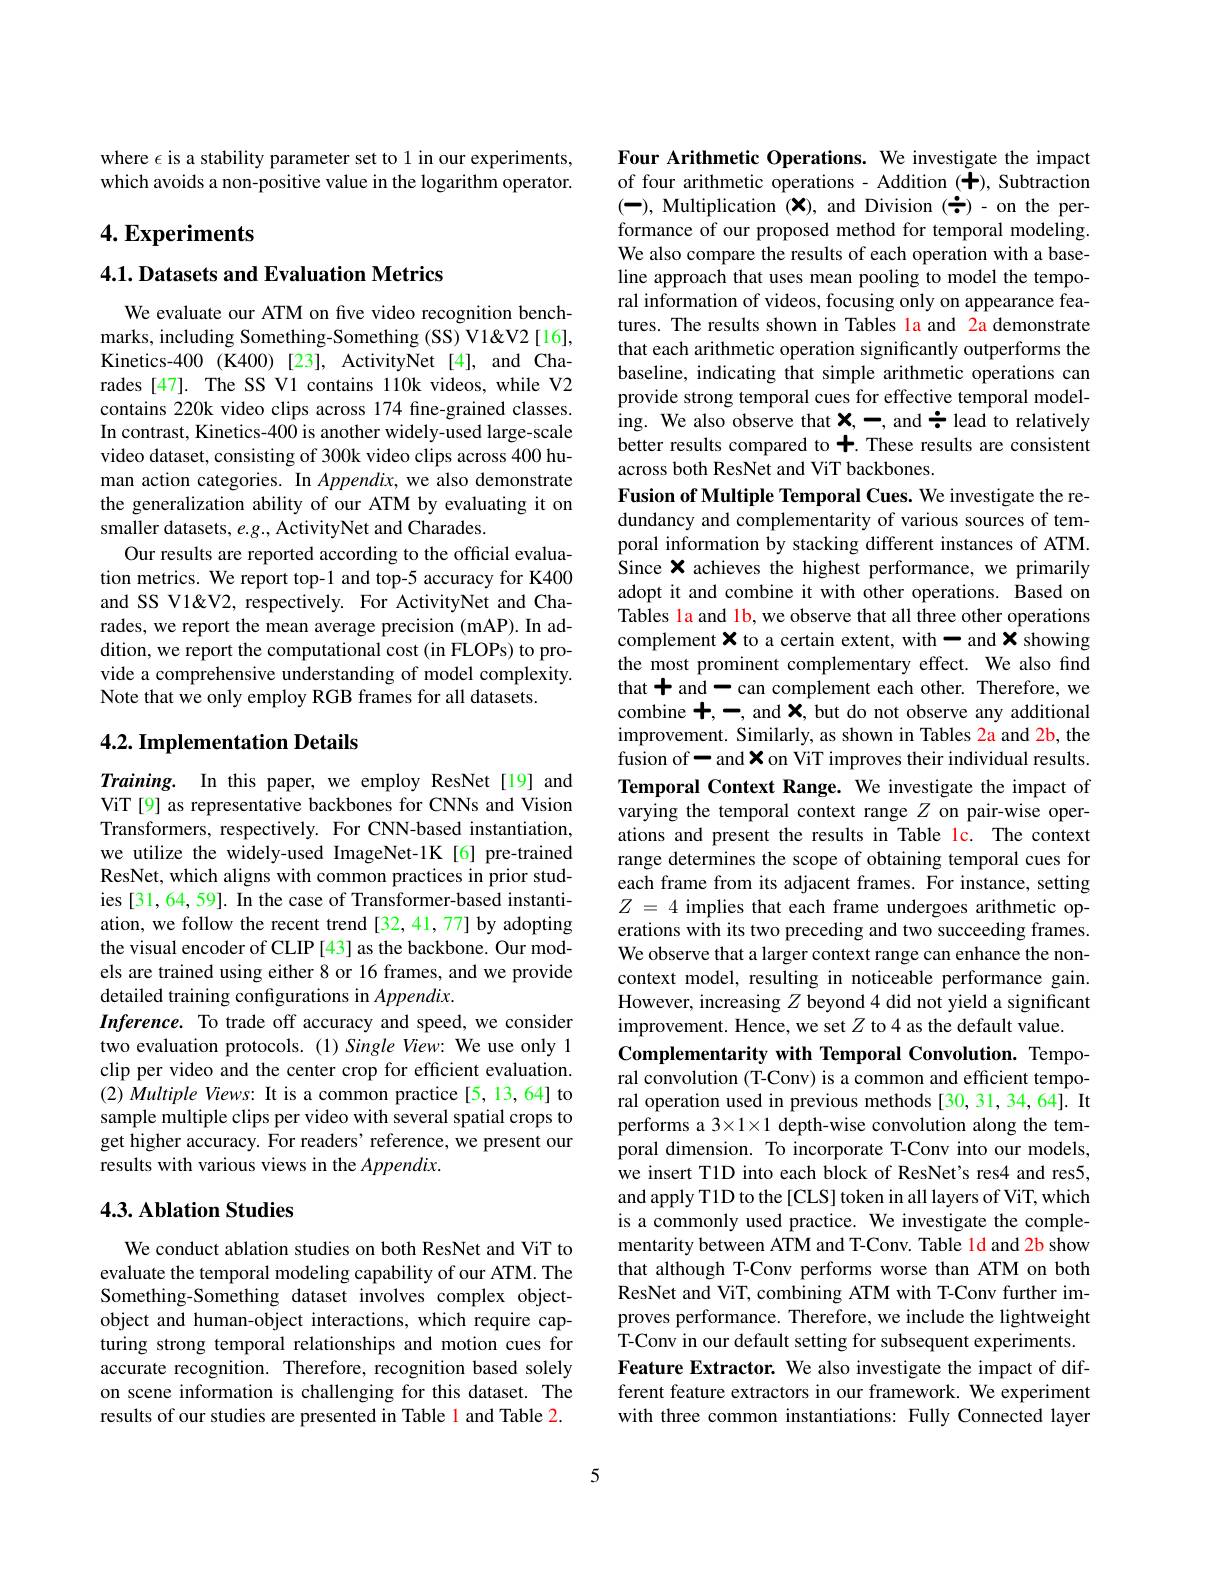
where $\epsilon$ is a stability parameter set to 1 in our experiments, which avoids a non-positive value in the logarithm operator.

## $4. \textbf{Experiments}$

## 4.1. Datasets and Evaluation Metrics

We evaluate our ATM on five video recognition benchmarks, including Something-Something (SS) V1&V2[16], Kinetics-400 (K400) [23], ActivityNet [4], and Charades [47]. The SS V1 contains 110k videos, while V2 contains 220k video clips across 174 fine-grained classes. In contrast, Kinetics-400 is another widely-used large-scale video dataset, consisting of 300k video clips across 400 human action categories. In $Appendix$, we also demonstrate the generalization ability of our ATM by evaluating it on smaller datasets, $e.g.$, ActivityNet and Charades.
Our results are reported according to the official evaluation metrics. We report top-1 and top-5 accuracy for K400 and SS V1&V2, respectively. For ActivityNet and Charades, we report the mean average precision (mAP). In addition, we report the computational cost (in FLOPs) to provide a comprehensive understanding of model complexity. Note that we only employ RGB frames for all datasets.

## 4.2. Implementation Details

Training. In this paper, we employ ResNet[19] and ViT [9] as representative backbones for CNNs and Vision Transformers, respectively. For CNN-based instantiation, we utilize the widely-used ImageNet-1K[6]pre-trained ResNet, which aligns with common practices in prior studies [31,64,59]. In the case of Transformer-based instantiation, we follow the recent trend [32,41,77] by adopting the visual encoder of CLIP [43] as the backbone. Our models are trained using either 8 or 16 frames, and we provide detailed training configurations in Appendix.
Inference. To trade off accuracy and speed, we consider two evaluation protocols. (1) Single View: We use only 1 clip per video and the center crop for efficient evaluation. (2) Multiple Views: It is a common practice[5,13,64] to sample multiple clips per video with several spatial crops to get higher accuracy. For readers' reference, we present our results with various views in the Appendix.

## 4.3. Ablation Studies

We conduct ablation studies on both ResNet and ViT to evaluate the temporal modeling capability of our ATM. The Something-Something dataset involves complex objectobject and human-object interactions, which require capturing strong temporal relationships and motion cues for accurate recognition. Therefore, recognition based solely on scene information is challenging for this dataset. The results of our studies are presented in Table 1 and Table 2.

Four Arithmetic Operations. We investigate the impact of four arithmetic operations - Addition (+), Subtraction (-), Multiplication $(x)$, and Division ($\div)$ - on the performance of our proposed method for temporal modeling. We also compare the results of each operation with a baseline approach that uses mean pooling to model the temporal information of videos, focusing only on appearance features. The results shown in Tables la and 2a demonstrate that each arithmetic operation significantly outperforms the baseline, indicating that simple arithmetic operations can provide strong temporal cues for effective temporal modeling. We also observe that $\mathbf{x} , - $, and$\div$ lead to relatively better results compared to +. These results are consistent across both ResNet and ViT backbones.
Fusion of Multiple Temporal Cues. We investigate the redundancy and complementarity of various sources of temporal information by stacking different instances of ATM. Since X achieves the highest performance, we primarily adopt it and combine it with other operations. Based on Tables la and 1b, we observe that all three other operations complement $\mathbf{x}$ to a certain extent, with - and X showing the most prominent complementary effect. We also find that + and - can complement each other. Therefore, we combine 十，一，and $\mathbf{x}$, but do not observe any additional improvement. Similarly, as shown in Tables 2a and 2b, the fusion of - and X on ViT improves their individual results. Temporal Context Range. We investigate the impact of varying the temporal context range $Z$ on pair-wise operations and present the results in Table lc. The context range determines the scope of obtaining temporal cues for each frame from its adjacent frames. For instance, setting $Z=4$ implies that each frame undergoes arithmetic operations with its two preceding and two succeeding frames. We observe that a larger context range can enhance the noncontext model, resulting in noticeable performance gain. However, increasing $Z$ beyond 4 did not yield a significant improvement. Hence, we set $Z$ to 4 as the default value
Complementarity with Temporal Convolution. Temporal convolution (T-Conv) is a common and efficient temporal operation used in previous methods [30, 31, 34, 64]. It performs a 3×1×1 depth-wise convolution along the temporal dimension. To incorporate T-Conv into our models, we insert T1D into each block of ResNet's res4 and res5, and apply T1D to the[CLS] token in all layers of ViT, which is a commonly used practice. We investigate the complementarity between ATM and T-Conv. Table 1d and 2b show that although T-Conv performs worse than ATM on both ResNet and ViT, combining ATM with T-Conv further improves performance. Therefore, we include the lightweight T-Conv in our default setting for subsequent experiments. Feature Extractor. We also investigate the impact of different feature extractors in our framework. We experiment with three common instantiations: Fully Connected layer

5